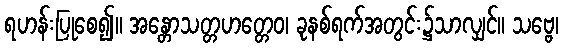
ရဟန်းပြုစေ၍။ အန္တောသတ္တဟတ္တေဝ၊ ခုနစ်ရက်အတွင်း၌သာလျှင်။ သဗ္ဗေ၊